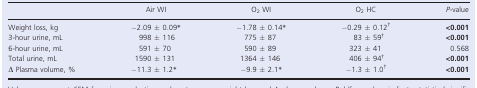
<table><thead><tr><td></td><td><b>Air WI</b></td><td><b>O<sub>2</sub> WI</b></td><td><b>O<sub>2</sub> HC</b></td><td><b><i>P</i>‐value</b></td></tr></thead><tbody><tr><td>Weight loss, kg</td><td>−2.09 ± 0.09a</td><td>−1.78 ± 0.14a</td><td>−0.29 ± 0.12b</td><td><b>&lt;0.001</b></td></tr><tr><td>3‐hour urine, mL</td><td>998 ± 116</td><td>775 ± 87</td><td>83 ± 59b</td><td><b>&lt;0.001</b></td></tr><tr><td>6‐hour urine, mL</td><td>591 ± 70</td><td>590 ± 89</td><td>323 ± 41</td><td>0.568</td></tr><tr><td>Total urine, mL</td><td>1590 ± 131</td><td>1364 ± 146</td><td>406 ± 94b</td><td><b>&lt;0.001</b></td></tr><tr><td>Δ Plasma volume, %</td><td>−11.3 ± 1.2a</td><td>−9.9 ± 2.1a</td><td>−1.3 ± 1.0b</td><td><b>&lt;0.001</b></td></tr></tbody></table>